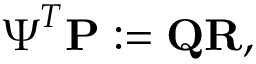
\boldsymbol { \Psi } ^ { T } \mathbf { P } : = \mathbf { Q } \mathbf { R } ,